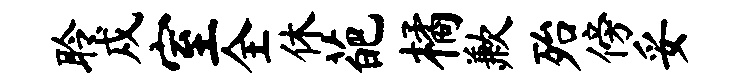
聆戍室全休葩橘歉殆傍妥